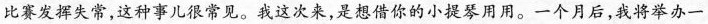
比赛发挥失常，这种事儿很常见。我这次来，是想借你的小提琴用用。一个月后，我将举办一